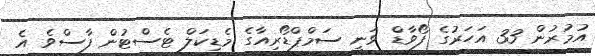
އުމުރުން 33 އަހަަރުގެ ފޯވާޑް ވަނީ ސަމްޕްޑޯރިއާގެ މެޑިކަލް ޓެސްޓުން ފާސްވެ އެ